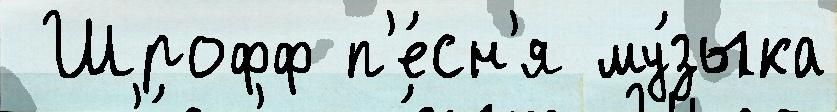
 Шрофф п'е́сн'я му́зыка